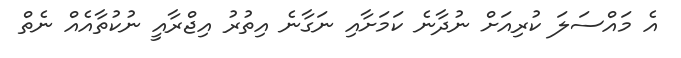
އެ މައްސަލަ ކުރިއަށް ނުދާނެ ކަމަށާއި ނަގާނެ އިތުރު އިޖްރާއީ ނުކުތާއެއް ނެތް